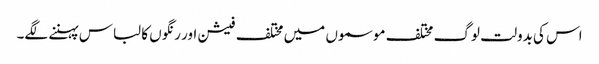
اس کی بدولت لوگ مختلف موسموں میں مختلف فیشن اور رنگوں کا لباس پہننے لگے۔